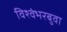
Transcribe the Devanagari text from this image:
विश्वंभरबुवा